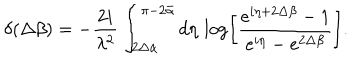
\delta ( \Delta \beta ) = - \frac { 2 i } { \lambda ^ { 2 } } \int _ { 2 \Delta \alpha } ^ { \pi - 2 \bar { \alpha } } d \eta \, \log \left[ \frac { e ^ { i \eta + 2 \Delta \beta } - 1 } { e ^ { i \eta } - e ^ { 2 \Delta \beta } } \right] .